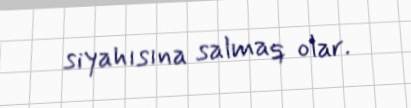
siyahısına salmaq olar.